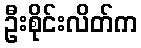
ဦးစိုင်းလိတ်က